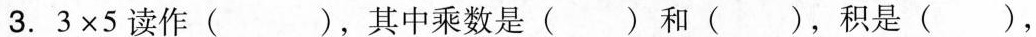
3.3×5读作()，其中乘数是()和()，积是()，